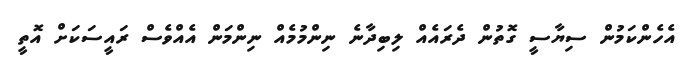
އެހެންކަމުން ސިޔާސީ ގޮތުން ދެރައެއް ލިބިދާނެ ނިންމުމެއް ނިންމަން އެއްވެސް ރައީސަކަށް އޮތީ